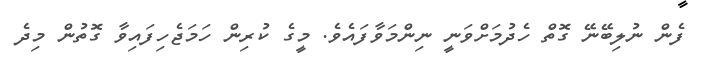
ފެން ނުލިބޭނޭ ގޮތް ހެދުމަށްވަނީ ނިންމަވާފައެވެ. މީގެ ކުރިން ހަމަޖެހިފައިވާ ގޮތުން މިދެ